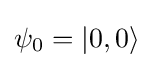
\psi _{0}=|0,0\rangle